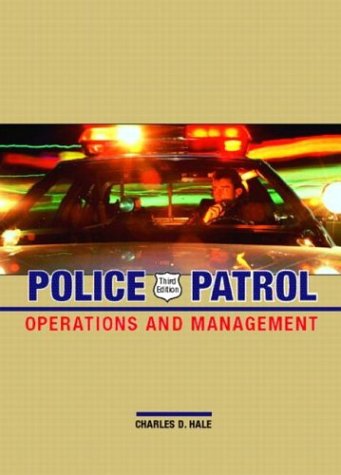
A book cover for Police Patrol: Operations and Management (3rd Edition); Charles D. Hale; Law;